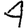
Digit: 4